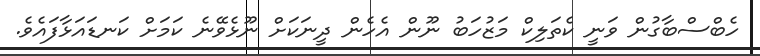
ހެބްސްބާގުން ވަނީ ކެތަލިކް މަޒުހަބު ނޫން އެހެން ދީނަކަށް ނޫޅެވޭނެ ކަމަށް ކަނޑައަޅާފައެވެ.